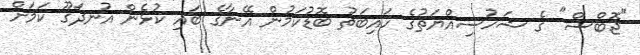
"ޖޮބްސް" ގެ ޝަޚުސިއްޔަތުގެ ހައިބަތު ބޮޑުކަމުން އޭނާގެ ބައި ކުޅެން އުނދަގޫ ކަމަށް